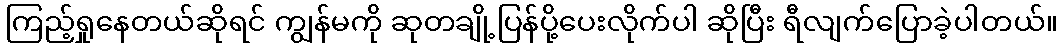
ကြည့်ရှုနေတယ်ဆိုရင် ကျွန်မကို ဆုတချို့ပြန်ပို့ပေးလိုက်ပါ ဆိုပြီး ရီလျက်ပြောခဲ့ပါတယ်။